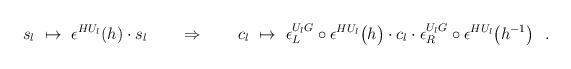
LaTeX: \begin{align*} s_l\ \mapsto\ \epsilon^{HU_l}(h)\cdot s_l \quad\quad\Rightarrow\quad\quad c_l\ \mapsto\ \epsilon_{L}^{U_lG}\circ\epsilon^{HU_l}\bigl(h\bigr)\cdot c_l\cdot\epsilon_{R}^{U_lG}\circ\epsilon^{HU_l}\bigl(h^{-1}\bigr)\ \ .\end{align*}